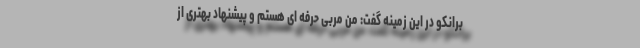
برانکو در این زمینه گفت: من مربی حرفه ای هستم و پیشنهاد بهتری از